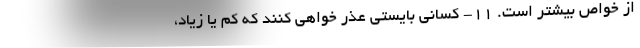
از خواص بیشتر است. 11- کسانی بایستی عذر خواهی کنند که کم یا زیاد،